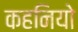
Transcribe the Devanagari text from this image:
कहनियो